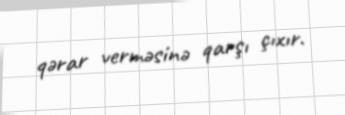
qərar verməsinə qarşı çıxır.